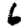
Digit: 6